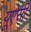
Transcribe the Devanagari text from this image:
यूऐसी